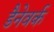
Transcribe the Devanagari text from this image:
डैनेवर्क